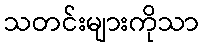
သတင်းများကိုသာ